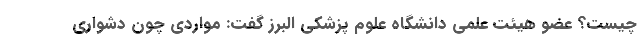
چیست؟ عضو هیئت علمی دانشگاه علوم پزشکی البرز گفت: مواردی چون دشواری